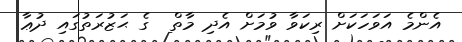
އެންމެ އަވަހަކަށް ރިކަވާ ވުމަށް އެދި މާތް  ގެ ޙަޒުރަތުގައި ދުޢާ